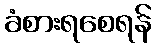
ခံစားရစေရန်